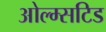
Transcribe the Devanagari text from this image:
ओल्म्सटिड